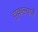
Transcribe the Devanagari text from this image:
चुकल्याने